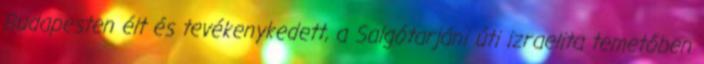
Budapesten élt és tevékenykedett, a Salgótarjáni úti izraelita temetőben